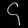
Digit: ၄